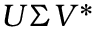
U { \boldsymbol { \Sigma } } V ^ { * }